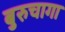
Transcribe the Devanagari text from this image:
बुरुचागा